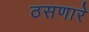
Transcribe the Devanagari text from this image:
ठसणारे